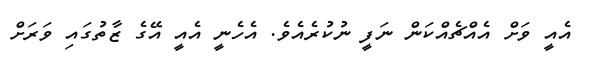
އެއީ ވަށް އެއްޗެއްކަން ނަފީ ނުކުރެއެވެ. އެހެނީ އެއީ އޭގެ ޒާތުގައި ވަރަށް